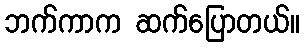
ဘက်ကာက ဆက်ပြောတယ်။